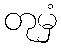
တုမှံ